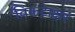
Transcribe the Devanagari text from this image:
विकटाक्षर